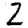
Digit: 2